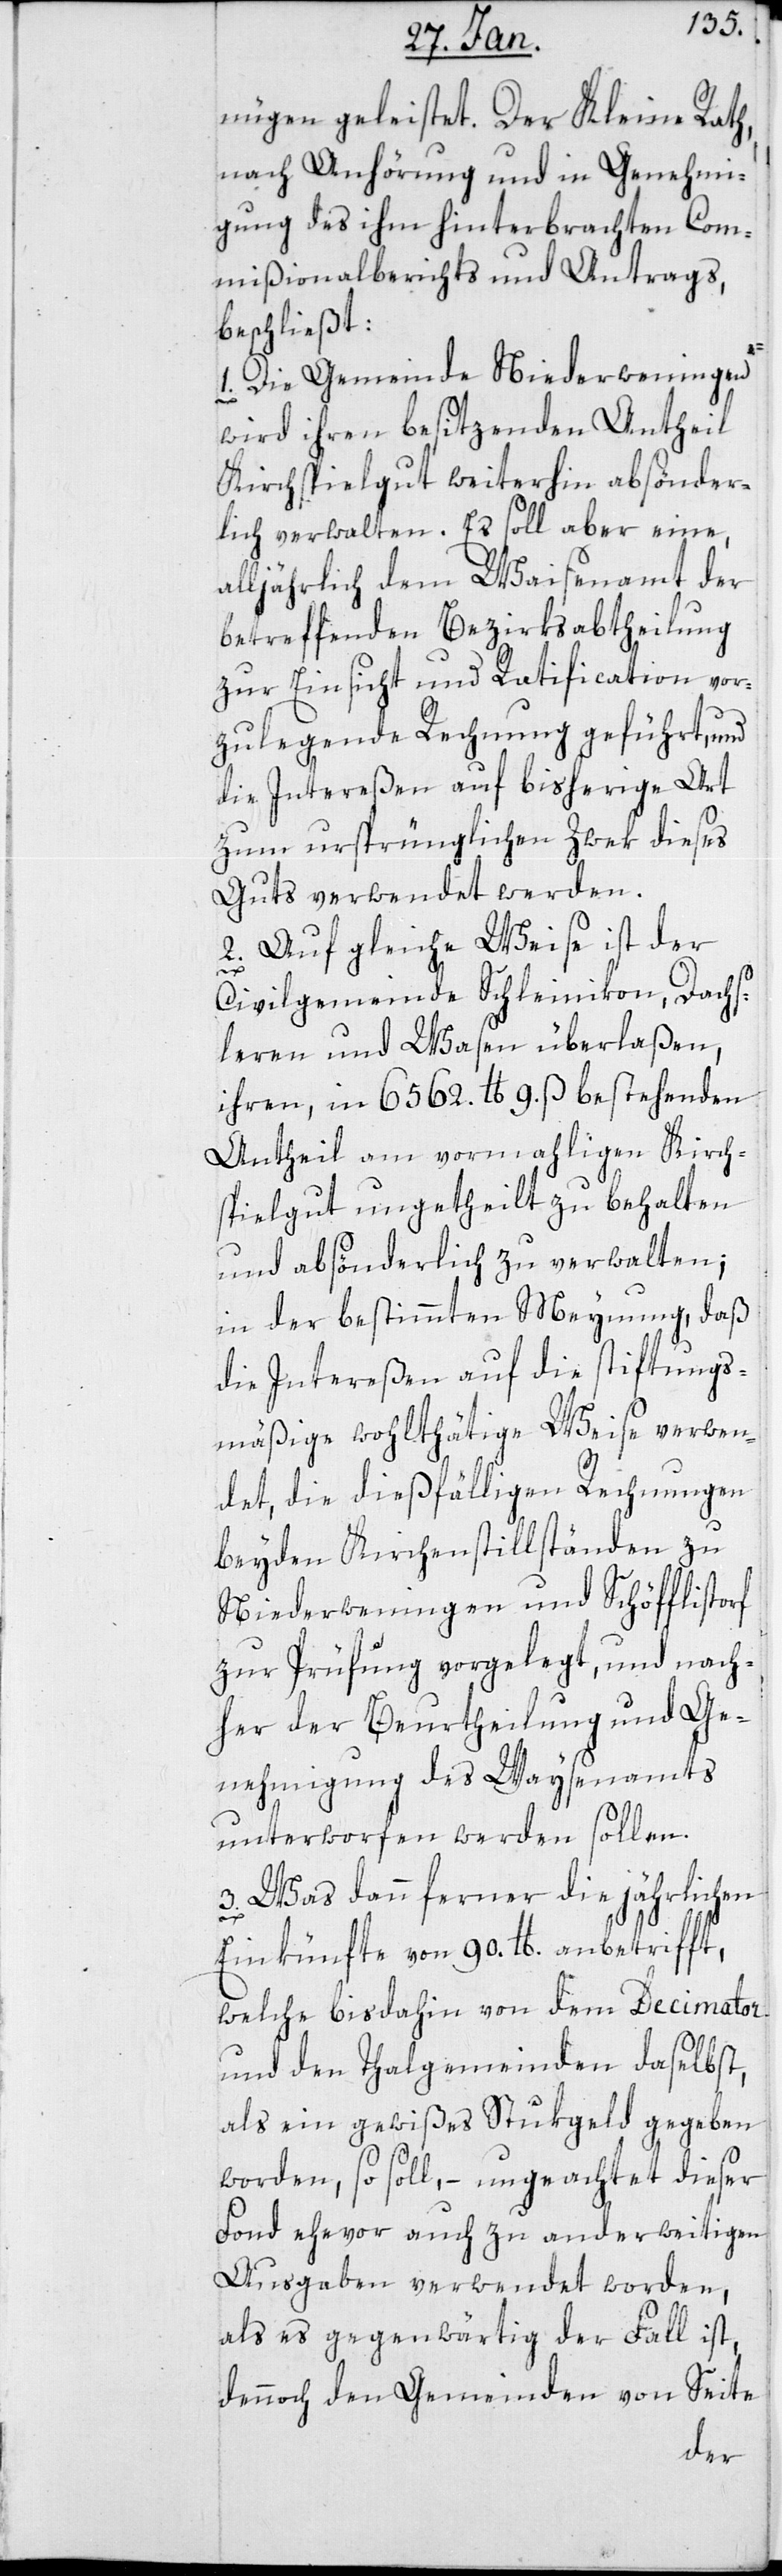
nügen geleistet. Der Kleine Rath,
nach Anhörung und in Genehmi¬
gung des ihm hinterbrachten Com¬
mißionalberichts und Antrags,
beschließt:
1. Die Gemeinde Niederweningen
wird ihren besitzenden Antheil
Kirchspielgut weiterhin absönder¬
lich verwalten. Es soll aber eine,
alljährlich dem Waisenamt der
betreffenden Bezirksabtheilung
zur Einsicht und Ratification vor¬
zulegende Rechnung geführt, und
die Intereßen auf bisherige Art,
zum ursprünglichen Zwek dieses
Guts verwendet werden.
Auf gleiche Weise ist der
2.
Civilgemeinde Schleinikon, Dachs¬
leren und Wasen überlaßen,
ihren, in 6562. lb 9. ß bestehenden
Antheil am vormaligen Kirch¬
spielgut ungetheilt zu behalten
und absönderlich zu verwalten;
in der bestimmten Meynung, das
die Intereßen auf die stiftungs¬
mäßige wohlthätige Weise verwen¬
det, die dießfälligen Rechnungen
bey den Kirchenstillständen zu
Niederweningen und Schöfflistorf
zur Prüfung vorgelegt, und nach¬
her der Beurtheilung und Ge¬
nehmigung des Waysenamts
unterworfen werden sollen.
3. Was dann ferner die jährlichen
Einkünfte von 90. lb. anbetrifft,
welche bisdahin von dem Decimator
und den Thalgemeinden daselbst,
als ein gewißes Stukgeld gegeben
worden, so soll, – ungeachtet dieser
Fonds ehevor auch zu anderweitigen
Ausgaben verwendet worden,
als es gegenwärtig der Fall ist,
dennoch den Gemeinden von Seite